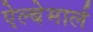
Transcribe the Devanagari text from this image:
ऐल्बेमार्ल